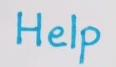
Help